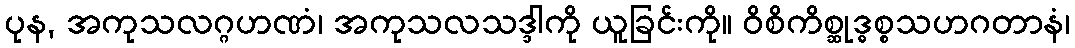
ပုန, အကုသလဂ္ဂဟဏံ၊ အကုသလသဒ္ဒါကို ယူခြင်းကို။ ဝိစိကိစ္ဆုဒ္ဓစ္စသဟဂတာနံ၊